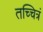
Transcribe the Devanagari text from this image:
तच्चित्रं